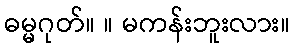
ဓမ္မဂုတ်။ ။ မကန်းဘူးလား။